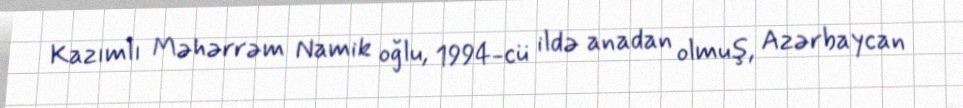
Kazımlı Məhərrəm Namik oğlu, 1994-cü ildə anadan olmuş, Azərbaycan